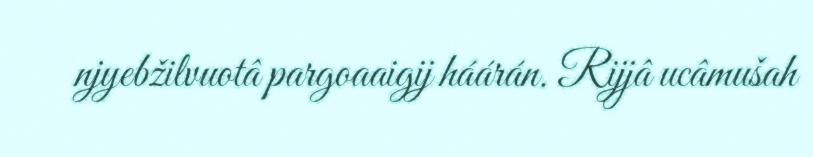
njyebžilvuotâ pargoaaigij háárán. Rijjâ ucâmušah